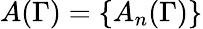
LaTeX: A(\Gamma)=\{ A_{n}(\Gamma)\}